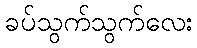
ခပ်သွက်သွက်လေး